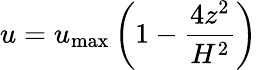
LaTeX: u=u_{\mathrm{max}}\left(1-\frac{4z^{2}}{H^{2}}\right)